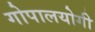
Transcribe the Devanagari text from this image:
गोपालयोगी